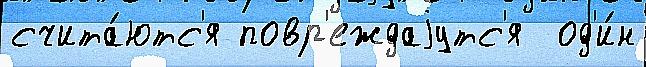
счита́ютс'я повр'еждаjутс'я  од'и́н